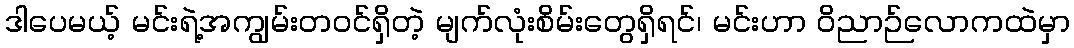
ဒါပေမယ့် မင်းရဲ့အကျွမ်းတဝင်ရှိတဲ့ မျက်လုံးစိမ်းတွေရှိရင်၊ မင်းဟာ ဝိညာဉ်လောကထဲမှာ